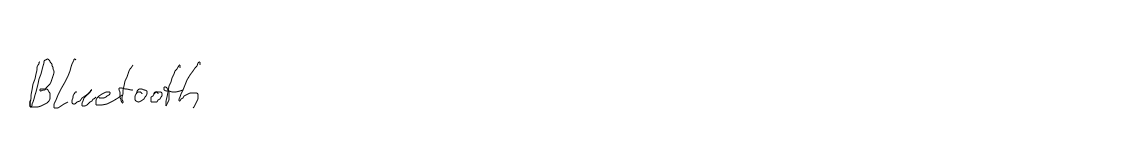
Bluetooth